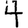
Digit: 4